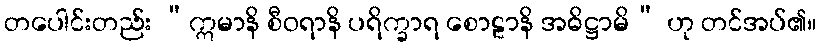
တပေါင်းတည်း “ဣမာနိ စီဝရာနိ ပရိက္ခာရ စောဠာနိ အဓိဋ္ဌာမိ” ဟု တင်အပ်၏။